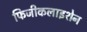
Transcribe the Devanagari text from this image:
फिजीकलाइशेन